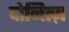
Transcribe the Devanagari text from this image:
दोनित्ज़